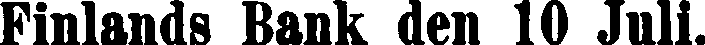
Finlands Bank den 10 Juli.